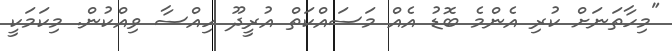
"މިހާތަނަށް ކުރި އެންމެ ބޮޑު އެއް މަސައްކަތް އުރީދޫ ހިއްސާ ވިއްކުން. މިކަމަކީ